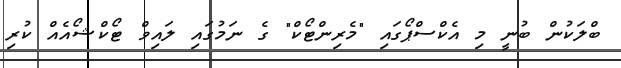
ބްލަކުން ބުނީ މި އެކްސްޕޯގައި "މެރިންޓޯކް" ގެ ނަމުގައި ލައިވް ޓޯކްޝޯއެއް ކުރި